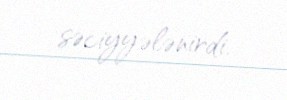
səciyyələnirdi.